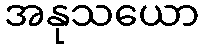
အနုသယော